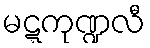
မဋ္ဋကုဏ္ဍလီ